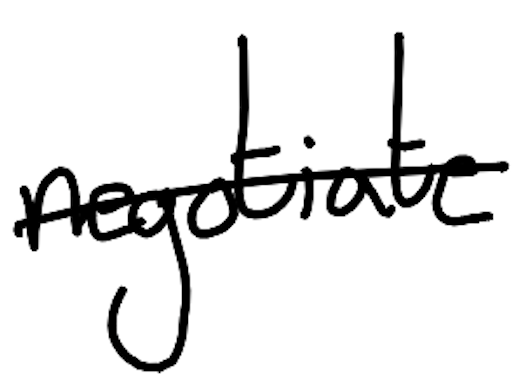
Text: negotiate
Cross-out: single-line
Writing tool: digital_black